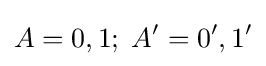
A=0,1;\;A'=0',1'